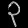
Digit: ၃